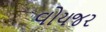
વોયજર